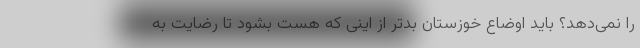
را نمی‌دهد؟ باید اوضاع خوزستان بدتر از اینی که هست بشود تا رضایت به